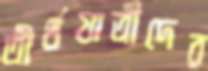
তীর্থযাত্রীদের